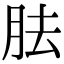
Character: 胠